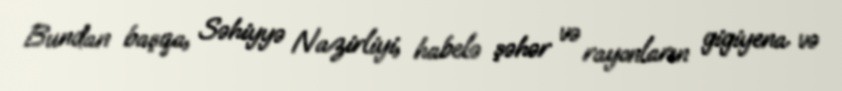
Bundan başqa, Səhiyyə Nazirliyi, habelə şəhər və rayonların gigiyena və